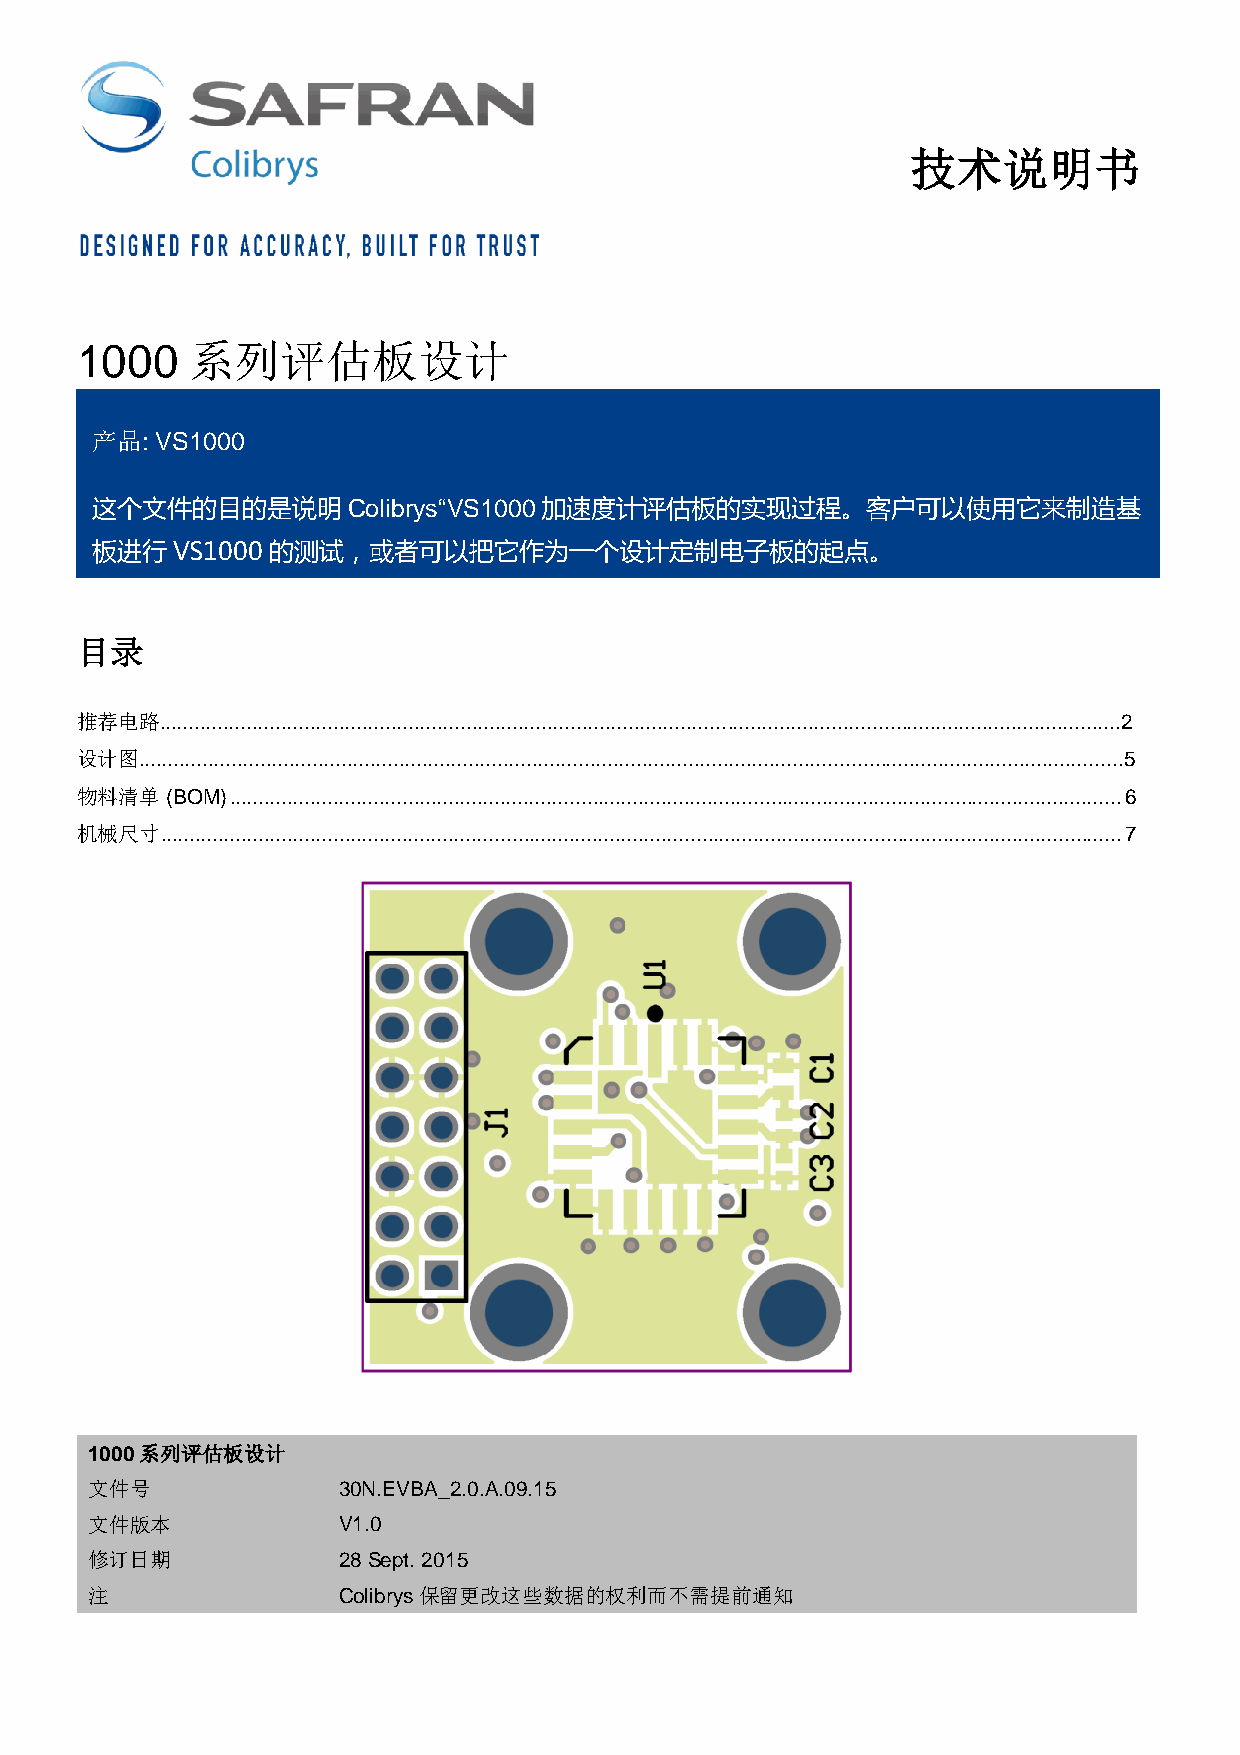
技术说明书
 1000   系列评估板设计
 产品: VS1000
 这个文件的目的是说明       Colibrys“VS1000加速度计评估板的实现过程。客户可以使用它来制造基
 板进行  VS1000 的测试，或者可以把它作为一个设计定制电子板的起点。
 目录
 推荐电路......................................................................................................................................................................2
 设计图..........................................................................................................................................................................5
 物料清单  (BOM) ........................................................................................................................................................... 6
 机械尺寸  ....................................................................................................................................................................... 7
 1000系列评估板设计
 文件号             30N.EVBA_2.0.A.09.15
 文件版本            V1.0
 修订日期            28 Sept. 2015
 注               Colibrys保留更改这些数据的权利而不需提前通知